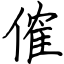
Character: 傕